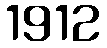
1912